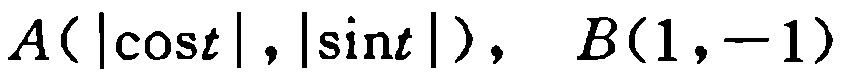
$A(|\cos t|,|\sin t|),\ B(1,-1)$